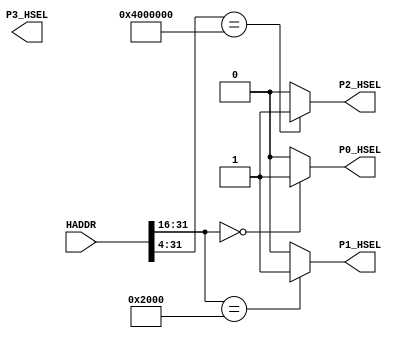
module AHBlite_Decoder
#(
    /*RAMCODE enable parameter*/
    parameter Port0_en = 1,
    /************************/

    /*RAMDATA enable parameter*/
    parameter Port1_en = 1,
    /************************/

    /*Keyboard enable parameter*/
    parameter Port2_en = 1,
    /************************/

    /*LCD enable parameter*/
    parameter Port3_en = 1
    /************************/
)(
    input [31:0] HADDR,

    /*RAMCODE OUTPUT SELECTION SIGNAL*/
    output wire P0_HSEL,

    /*Keyboard OUTPUT SELECTION SIGNAL*/
    output wire P1_HSEL,

    /*RAMDATA OUTPUT SELECTION SIGNAL*/
    output wire P2_HSEL,

    /*LCD OUTPUT SELECTION SIGNAL*/
    output wire P3_HSEL       
);

//RAMCODE-----------------------------------

//0x00000000-0x0000ffff
/*Insert RAMCODE decoder code there*/
assign P0_HSEL = (HADDR[31:16] == 16'h0000) ? Port0_en : 1'b0; 
/***********************************/

//RAMDATA-----------------------------

//0X20000000-0X2000FFFF
/*Insert RAMDATA decoder code there*/
assign P1_HSEL = (HADDR[31:16] == 16'h2000) ? Port1_en : 1'b0; 
/***********************************/

//PERIPHRAL-----------------------------

//0X40000000 key_data/key_clear
/*Insert Keyboard decoder code there*/
assign P2_HSEL = (HADDR[31:4] == 28'h4000000) ? Port2_en : 1'b0; 
/***********************************/

//0X40050000 LCD 
/*Insert LCD decoder code there*/
assign P4_HSEL = (HADDR[31:16] == 16'h4005)   ? Port4_en : 1'b0;
/***********************************/


endmodule